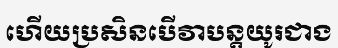
ហើយប្រសិនបើវាបន្តយូរជាង